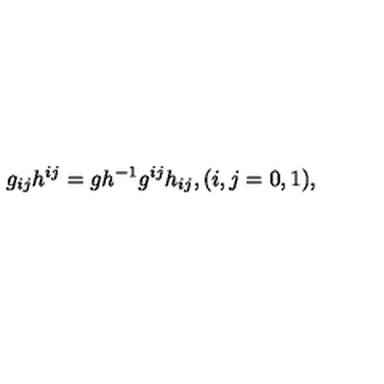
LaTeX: g _ { i j } h ^ { i j } = g h ^ { - 1 } g ^ { i j } h _ { i j } , ( i , j = 0 , 1 ) ,